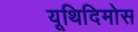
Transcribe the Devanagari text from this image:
यूथिदिमोस